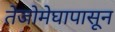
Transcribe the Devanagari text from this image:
तेजोमेघापासून